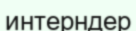
интерндер